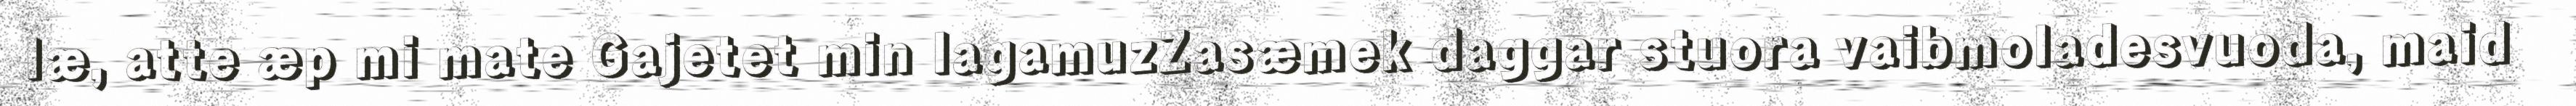
læ, atte æp mi mate Gajetet min lagamuzZasæmek daggar stuora vaibmoladesvuoda, maid